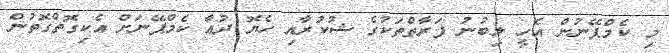
މި ކެމްޕޭނުން އެހީ ލިބުނު ފަރާތްތަކުގެ ޝުކުރާއި ހެޔޮ ދުޢާ ކެމްޕޭނަށް އެކިގޮތްގޮތުން